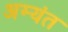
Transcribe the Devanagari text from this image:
अम्यंत